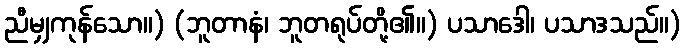
ညီမျှကုန်သော။) (ဘူတာနံ၊ ဘူတရုပ်တို့၏။) ပသာဒေါ၊ ပသာဒသည်။)